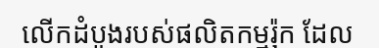
លើកដំបូងរបស់ផលិតកម្មរ៉ុក ដែល